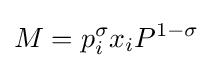
M=p_{i}^{\sigma }x_{i}P^{1-\sigma }